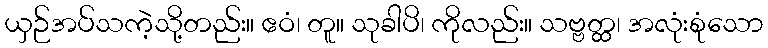
ယှဉ်အပ်သကဲ့သို့တည်း။ ဧဝံ၊ တူ။ သုခါပိ၊ ကိုလည်း။ သဗ္ဗတ္ထ၊ အလုံးစုံသော